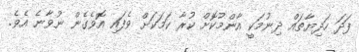
ފަދަ ހަދިޔާތައް ދިނުމަކީ އާންމުކޮށް ކުރާ ކަމަކަށް ވެފައި އޮވެގެން ނުވާނެ އެވެ.